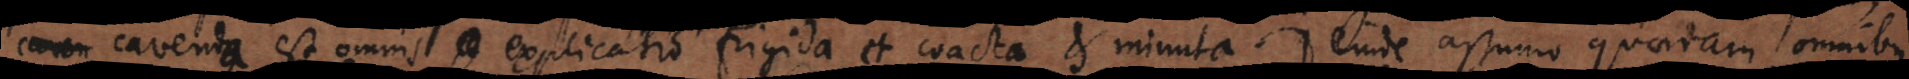
cavenda est omnis explicatio frigida et coacta, et minuta. Deinde assumo quaedam omnibus